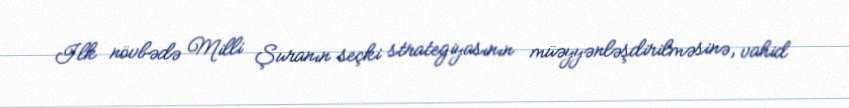
Ilk növbədə Milli Şuranın seçki strategiyasının müəyyənləşdirilməsinə, vahid